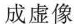
成虚像